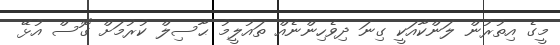
މީގެ އިތުރުން ލަންކާއަކީ ގިނަ ދިވެހިންނެއް ތައުލީމު ޙާސިލް ކުރުމަށް ގޮސް އުޅޭ